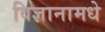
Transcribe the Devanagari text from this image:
विज्ञानामधे